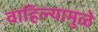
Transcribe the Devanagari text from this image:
वाहिल्यामुळे